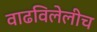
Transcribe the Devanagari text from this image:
वाढविलेलीच